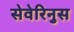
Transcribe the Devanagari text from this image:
सेवेरिनुस